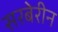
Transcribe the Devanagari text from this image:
सरबेरीन